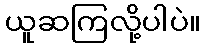
ယူဆကြလို့ပါပဲ။